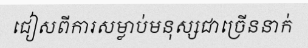
ជៀសពីការសម្លាប់មនុស្សជាច្រើននាក់